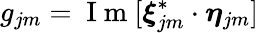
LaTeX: g_{jm}=\mathrm{~I~m~}[\boldsymbol{\xi}_{jm}^{*}\cdot\boldsymbol{\eta}_{jm}]